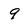
Character: 9